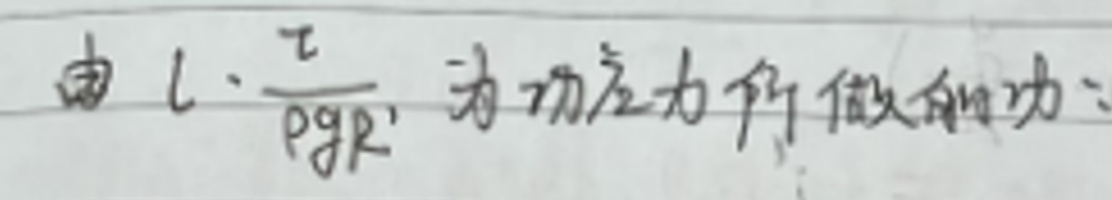
由$l\cdot\frac{\tau}{\rho gR}$为功应力所做的功：